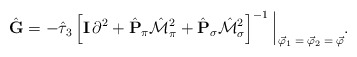
\begin{align*}\hat{\bf G} = - \hat{\tau}_3 \left[ {\bf I} \, \partial^2 + \hat{\bf P}_\pi \hat{\cal M}_\pi^2 + \hat{\bf P}_\sigma \hat{\cal M}_\sigma^2 \right]^{- 1} \, \rule[-3mm]{.14mm}{8.5mm} \raisebox{-2.85mm}{\scriptsize{$\; \vec{\varphi}_1 = \vec{\varphi}_2 = \vec{\varphi}$}} . \end{align*}